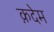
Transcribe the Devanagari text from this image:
क़देम